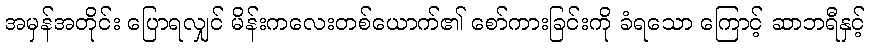
အမှန်အတိုင်း ပြောရလျှင် မိန်းကလေးတစ်ယောက်၏ စော်ကားခြင်းကို ခံရသော ကြောင့် ဆာဘရီနှင့်